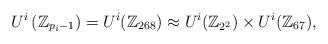
LaTeX: \begin{align*}U^{i}\left( \mathbb{Z}_{p_{i}-1}\right) =U^{i}(\mathbb{Z}_{268})\approx U^{i}(\mathbb{Z}_{2^{2}})\times U^{i}(\mathbb{Z}_{67}),\end{align*}